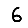
Digit: 6